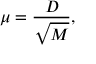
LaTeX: \mu = { \frac { D } { \sqrt { M } } } ,